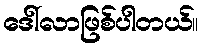
ဒေါ်လာဖြစ်ပါတယ်။